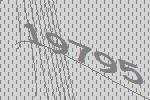
19795